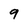
Character: 9